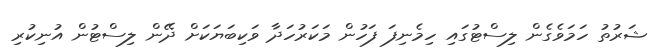
ޝަރުތު ހަމަވެގެން ލިސްޓުގައި ހިމެނިފަ ފަހުން މަކަރުހަދާ ވަކިބަޔަކަށް ދޭން ލިސްޓުން އުނިކުރި